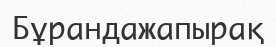
Бұрандажапырақ